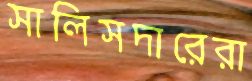
সালিসদারেরা